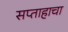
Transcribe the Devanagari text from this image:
सप्ताहाचा